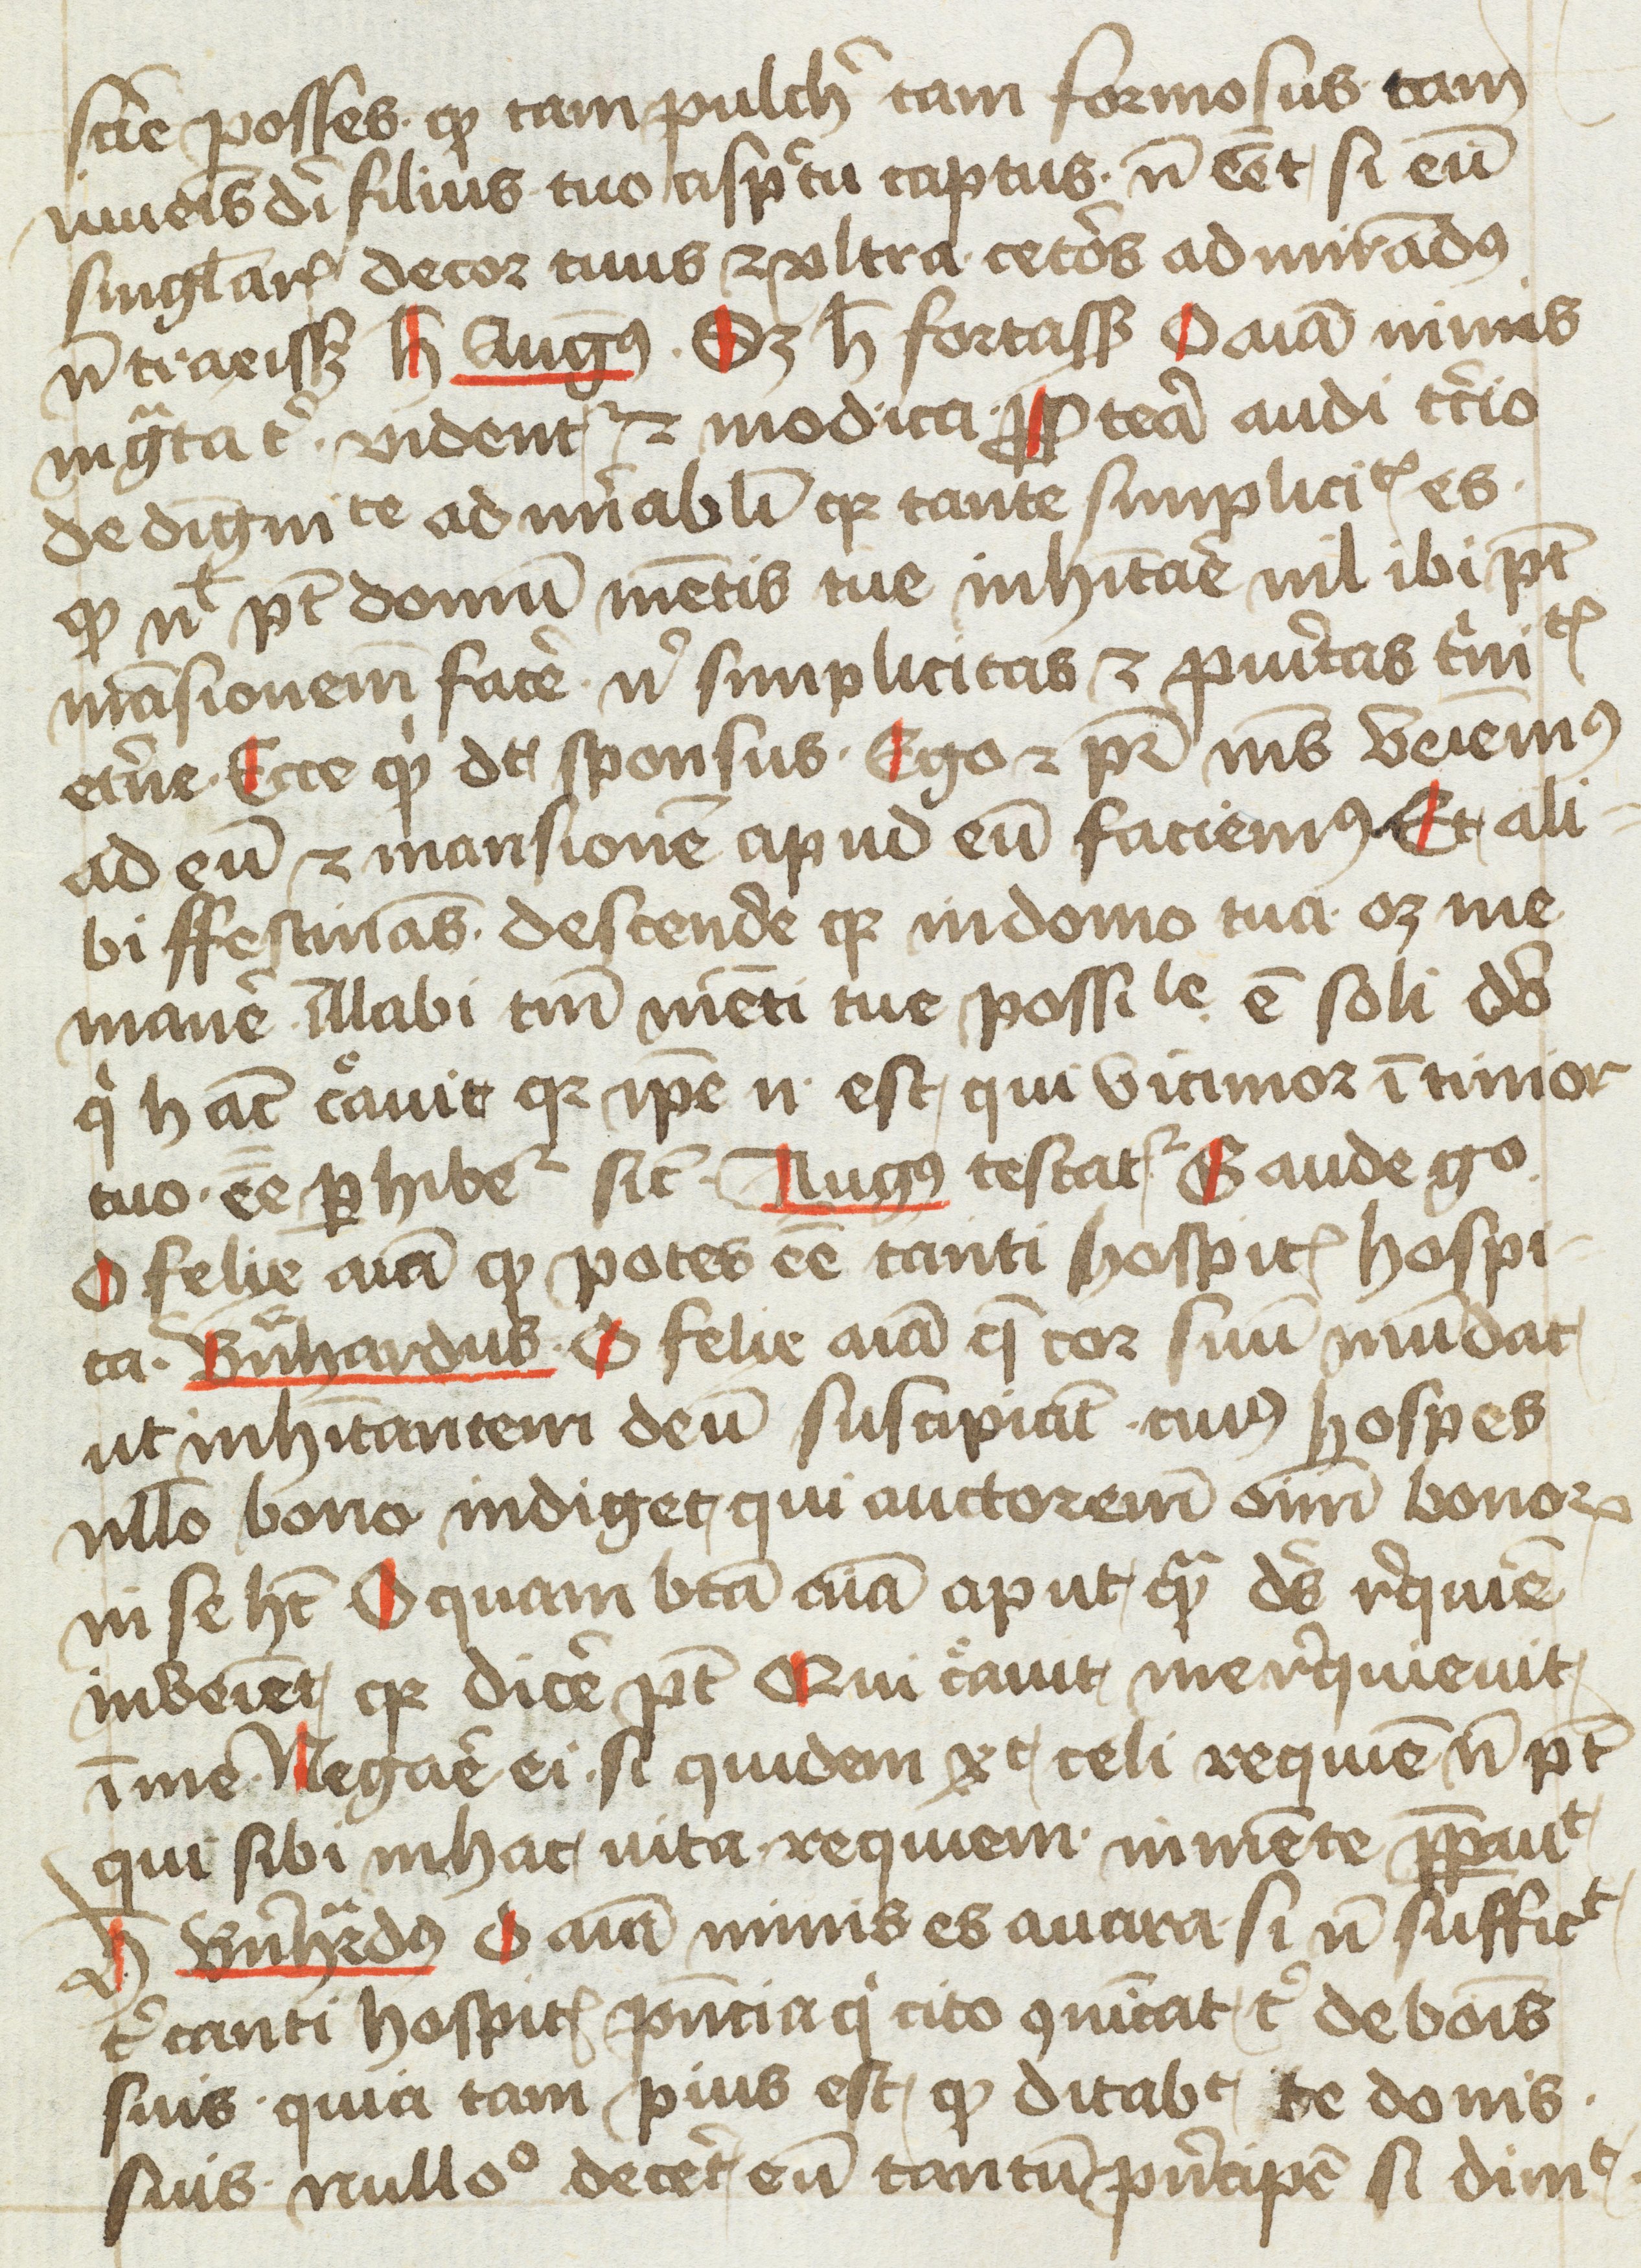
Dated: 1400–1499